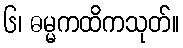
၆၊ ဓမ္မကထိကသုတ်။